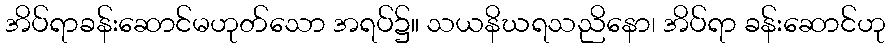
အိပ်ရာခန်းဆောင်မဟုတ်သော အရပ်၌။ သယနိဃရသညိနော၊ အိပ်ရာ ခန်းဆောင်ဟု